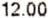
12.00